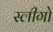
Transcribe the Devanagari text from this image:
स्लीगो